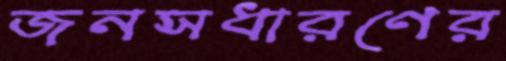
জনসধারণের